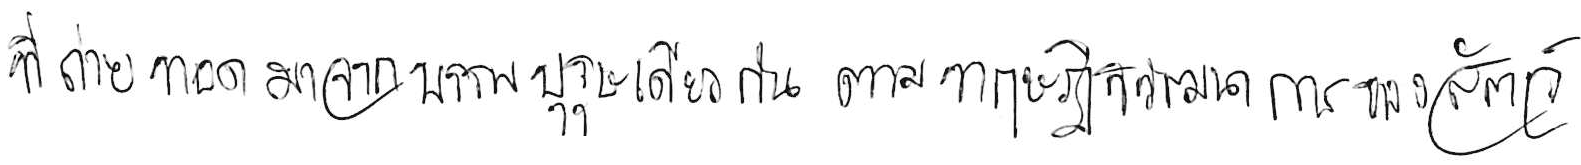
ที่ถ่ายทอดมาจากบรรพบุรุษเดียวกัน ตามทฤษฎีวิวัฒนาการของสัตว์